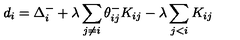
d _ { i } = \Delta _ { i } ^ { - } + \lambda \sum _ { j \neq i } \theta _ { i j } ^ { - } K _ { i j } - \lambda \sum _ { j < i } K _ { i j }